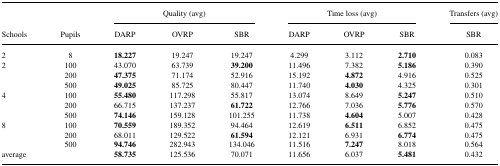
<table><thead><tr><td>[EMPTY_CELL]</td><td>[EMPTY_CELL]</td><td colspan="3"><b>Quality (avg)</b></td><td colspan="3"><b>Time loss (avg)</b></td><td><b>Transfers (avg)</b></td></tr><tr><td><b>Schools</b></td><td><b>Pupils</b></td><td><b>DARP</b></td><td><b>OVRP</b></td><td><b>SBR</b></td><td><b>DARP</b></td><td><b>OVRP</b></td><td><b>SBR</b></td><td><b>SBR</b></td></tr></thead><tbody><tr><td>2</td><td>8</td><td><b>18.227</b></td><td>19.247</td><td>19.247</td><td>4.299</td><td>3.112</td><td><b>2.710</b></td><td>0.083</td></tr><tr><td>2</td><td>100</td><td>43.070</td><td>63.739</td><td><b>39.200</b></td><td>11.496</td><td>7.382</td><td><b>5.186</b></td><td>0.390</td></tr><tr><td>[EMPTY_CELL]</td><td>200</td><td><b>47.375</b></td><td>71.174</td><td>52.916</td><td>15.192</td><td><b>4.872</b></td><td>4.916</td><td>0.525</td></tr><tr><td>[EMPTY_CELL]</td><td>500</td><td><b>49.025</b></td><td>85.725</td><td>80.447</td><td>11.740</td><td><b>4.030</b></td><td>4.325</td><td>0.301</td></tr><tr><td>4</td><td>100</td><td><b>55.480</b></td><td>117.298</td><td>55.817</td><td>13.074</td><td>8.649</td><td><b>5.247</b></td><td>0.510</td></tr><tr><td>[EMPTY_CELL]</td><td>200</td><td>66.715</td><td>137.237</td><td><b>61.722</b></td><td>12.766</td><td>7.036</td><td><b>5.776</b></td><td>0.570</td></tr><tr><td>[EMPTY_CELL]</td><td>500</td><td><b>74.146</b></td><td>159.128</td><td>101.255</td><td>11.738</td><td><b>4.604</b></td><td>5.007</td><td>0.428</td></tr><tr><td>8</td><td>100</td><td><b>70.559</b></td><td>189.352</td><td>94.464</td><td>12.619</td><td><b>6.511</b></td><td>6.852</td><td>0.475</td></tr><tr><td>[EMPTY_CELL]</td><td>200</td><td>68.011</td><td>129.522</td><td><b>61.594</b></td><td>12.121</td><td>6.931</td><td><b>6.774</b></td><td>0.475</td></tr><tr><td>[EMPTY_CELL]</td><td>500</td><td><b>94.746</b></td><td>282.943</td><td>134.046</td><td>11.516</td><td><b>7.247</b></td><td>8.018</td><td>0.564</td></tr><tr><td>average</td><td>[EMPTY_CELL]</td><td><b>58.735</b></td><td>125.536</td><td>70.071</td><td>11.656</td><td>6.037</td><td><b>5.481</b></td><td>0.432</td></tr></tbody></table>